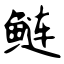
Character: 鲢